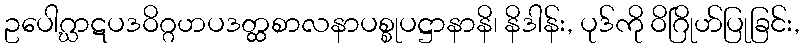
ဥပေါဂ္ဃာဋပဒဝိဂ္ဂဟပဒတ္ထစာလနာပစ္စုပဋ္ဌာနာနိ၊ နိဒါန်း, ပုဒ်ကို ဝိဂြိုဟ်ပြုခြင်း,